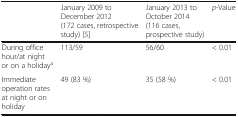
|  | January 2009 to December 2012 (172 cases, retrospective study) [5] | January 2013 to October 2014 (116 cases, prospective study) | p-Value |
 | --- | --- | --- | --- |
 | During office hour/at night or on a holidaya | 113/59 | 56/60 | < 0.01 |
 | Immediate operation rates at night or on holiday | 49 (83 %) | 35 (58 %) | < 0.01 |